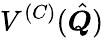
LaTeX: V^{(C)}(\hat{\boldsymbol{Q}})